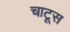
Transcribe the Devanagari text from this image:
चाटूस